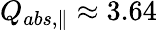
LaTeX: Q_{abs,\parallel}\approx 3.64